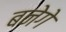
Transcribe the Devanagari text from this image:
बनेगे